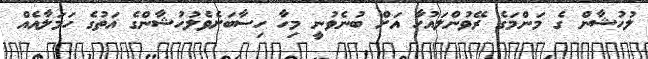
ލުހުޝާން ގެ މަންމަގެ ރޭވުންލައުހާ އަށް ބުނެވުނީ މިހާ ހިސާބަށެވެލުހުޝާންގެ އަތުގެ ހަމަލާއެއް